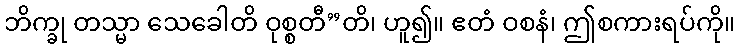
ဘိက္ခု တသ္မာ သေခေါတိ ဝုစ္စတီ”တိ၊ ဟူ၍။ ဧတံ ဝစနံ၊ ဤစကားရပ်ကို။